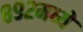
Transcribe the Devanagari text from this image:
८९२मध्ये